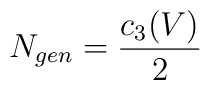
N_{gen}=\frac{c_{3}(V)}{2}